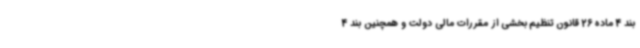
بند 4 ماده 26 قانون تنظیم بخشی از مقررات مالی دولت و همچنین بند 4